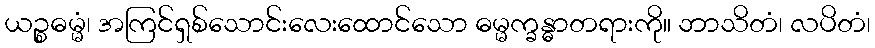
ယဉ္စဓမ္မံ၊ အကြင်ရှစ်သောင်းလေးထောင်သော ဓမ္မက္ခန္ဓာတရားကို။ ဘာသိတံ၊ လပိတံ၊